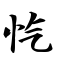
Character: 忾